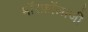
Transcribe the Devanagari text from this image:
मॉरफ़ॉलाजी